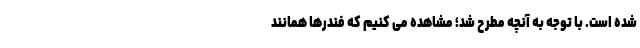
شده است. با توجه به آنچه مطرح شد؛ مشاهده می کنیم که فندرها همانند